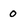
Character: 0